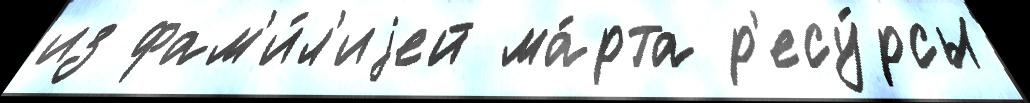
из фам'и́л'иjей ма́рта р'есу́рсы